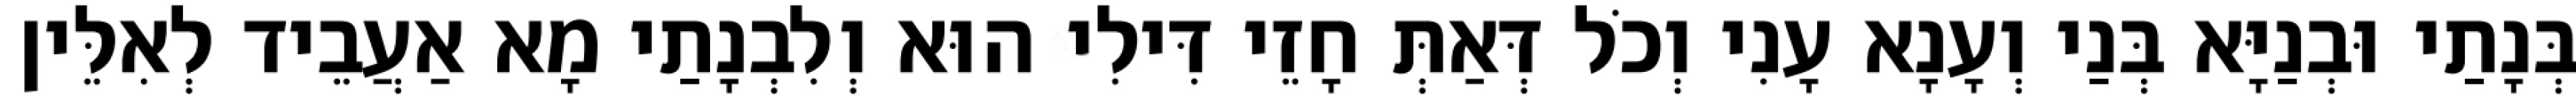
בְּנָתַי וּבְנַיָּא בְּנַי וְעָנָא עָנִי וְכֹל דְּאַתְּ חָזֵי דִּילִי הוּא וְלִבְנָתַי מָא אַעֲבֵיד לְאִלֵּין